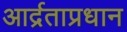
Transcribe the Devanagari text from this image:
आर्द्रताप्रधान